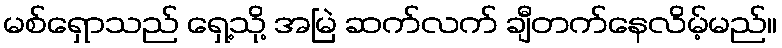
မစ်ရှောသည် ရှေ့သို့ အမြဲ ဆက်လက် ချီတက်နေလိမ့်မည်။